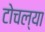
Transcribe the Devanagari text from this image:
टोचल्या